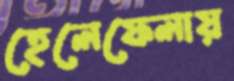
হেলেফেলায়